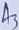
Text: A3